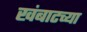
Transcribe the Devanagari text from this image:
खंबाटच्या